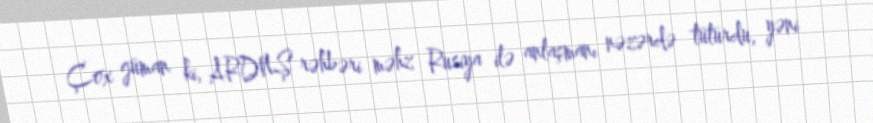
Çox güman ki, ARDNŞ rəhbəri məhz Rusiya ilə anlaşmanı nəzərdə tuturdu, yəni